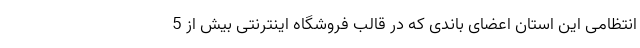
انتظامی این استان اعضای باندی که در قالب فروشگاه اینترنتی بیش از 5